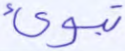
تبوئ